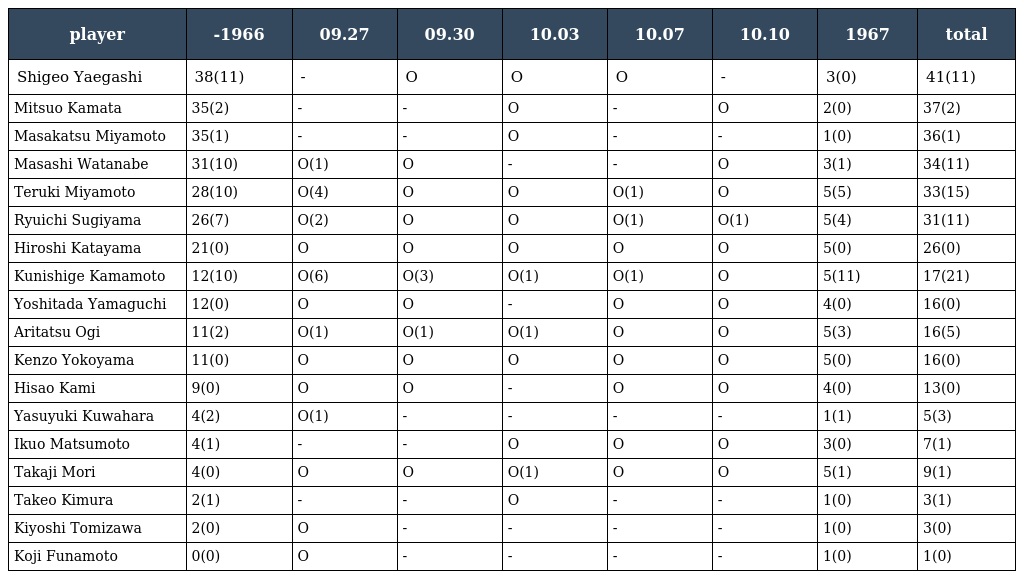
| player | -1966 | 09.27 | 09.30 | 10.03 | 10.07 | 10.10 | 1967 | total |
 | --- | --- | --- | --- | --- | --- | --- | --- | --- |
 | Shigeo Yaegashi | 38(11) | - | O | O | O | - | 3(0) | 41(11) |
 | Mitsuo Kamata | 35(2) | - | - | O | - | O | 2(0) | 37(2) |
 | Masakatsu Miyamoto | 35(1) | - | - | O | - | - | 1(0) | 36(1) |
 | Masashi Watanabe | 31(10) | O(1) | O | - | - | O | 3(1) | 34(11) |
 | Teruki Miyamoto | 28(10) | O(4) | O | O | O(1) | O | 5(5) | 33(15) |
 | Ryuichi Sugiyama | 26(7) | O(2) | O | O | O(1) | O(1) | 5(4) | 31(11) |
 | Hiroshi Katayama | 21(0) | O | O | O | O | O | 5(0) | 26(0) |
 | Kunishige Kamamoto | 12(10) | O(6) | O(3) | O(1) | O(1) | O | 5(11) | 17(21) |
 | Yoshitada Yamaguchi | 12(0) | O | O | - | O | O | 4(0) | 16(0) |
 | Aritatsu Ogi | 11(2) | O(1) | O(1) | O(1) | O | O | 5(3) | 16(5) |
 | Kenzo Yokoyama | 11(0) | O | O | O | O | O | 5(0) | 16(0) |
 | Hisao Kami | 9(0) | O | O | - | O | O | 4(0) | 13(0) |
 | Yasuyuki Kuwahara | 4(2) | O(1) | - | - | - | - | 1(1) | 5(3) |
 | Ikuo Matsumoto | 4(1) | - | - | O | O | O | 3(0) | 7(1) |
 | Takaji Mori | 4(0) | O | O | O(1) | O | O | 5(1) | 9(1) |
 | Takeo Kimura | 2(1) | - | - | O | - | - | 1(0) | 3(1) |
 | Kiyoshi Tomizawa | 2(0) | O | - | - | - | - | 1(0) | 3(0) |
 | Koji Funamoto | 0(0) | O | - | - | - | - | 1(0) | 1(0) |